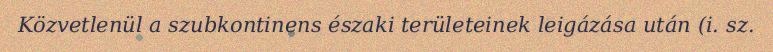
Közvetlenül a szubkontinens északi területeinek leigázása után (i. sz.